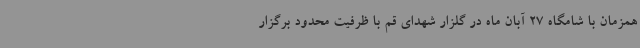
همزمان با شامگاه 27 آبان ماه در گلزار شهدای قم با ظرفیت محدود برگزار